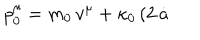
p _ { \hspace { 0 . 5 m m } 0 } ^ { \hspace { 0 . 5 m m } \mu } = m _ { 0 } \, v ^ { \mu } + \kappa _ { 0 } \, ( 2 \, { \dot { a } }